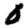
Digit: 0